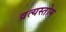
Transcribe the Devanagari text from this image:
व्रत्यस्तोम